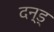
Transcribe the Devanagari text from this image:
दन्ड्